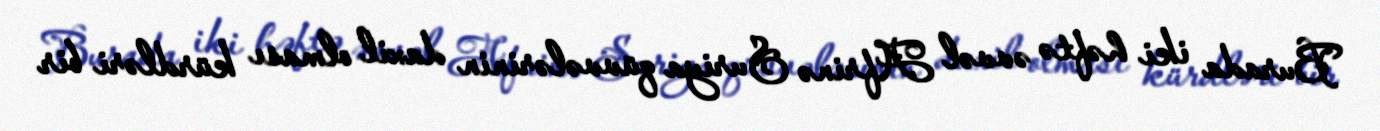
Burada iki həftə əvvəl Afrinə Suriya qüvvələrinin daxil olması kürdləri bir